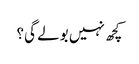
کچھ نہیں بولے گی؟